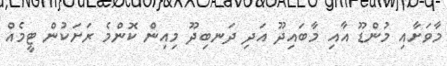
މާވަށާއި މުންޑޫ އާއި މާބައިދޫ އަދި ދަނބިދޫ މިއިން ކޮންމެ ރަށަކުން ޓީމެއް